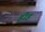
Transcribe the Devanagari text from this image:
ड़ीह